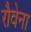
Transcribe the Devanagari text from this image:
रौवेना